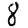
Digit: 8